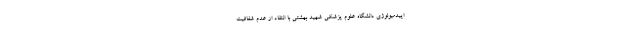
اپیدمیولوژی دانشگاه علوم پزشکی شهید بهشتی با انتقاد از عدم شفافیت